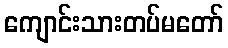
ကျောင်းသားတပ်မတော်